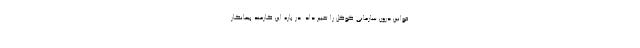
قوانین درون سازمانی گوگل را تغییر داد. در باره این کارمند پیمانکار